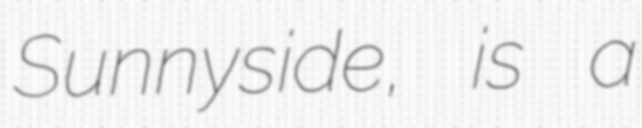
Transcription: Sunnyside, is a